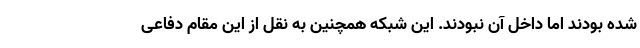
شده بودند اما داخل آن نبودند. این شبکه همچنین به نقل از این مقام دفاعی